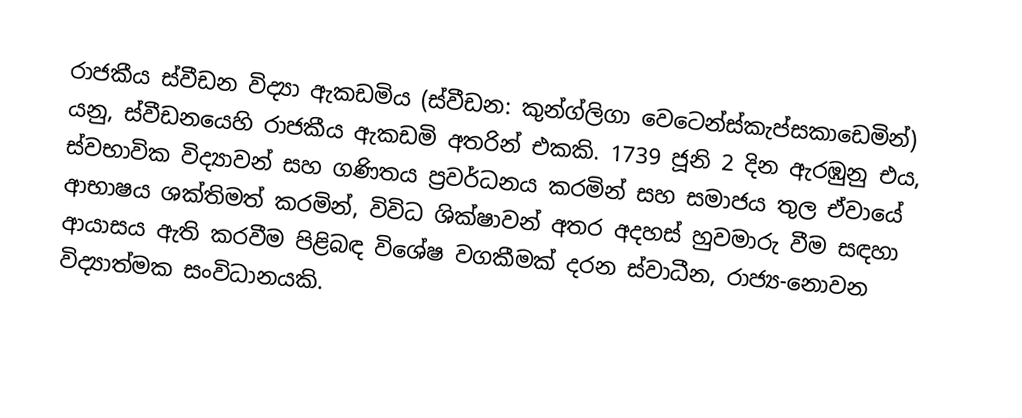
රාජකීය ස්වීඩන විද්‍යා ඇකඩමිය (ස්වීඩන: කුන්ග්ලිගා වෙටෙන්ස්කැප්සකාඩෙමින්) යනු,  ස්වීඩනයෙහි  රාජකීය ඇකඩමි අතරින් එකකි. 1739 ජූනි 2 දින ඇරඹුනු එය, ස්වභාවික විද්‍යාවන් සහ ගණිතය ප්‍රවර්ධනය කරමින් සහ සමාජය තුල ඒවායේ ආභාෂය ශක්තිමත් කරමින්, විවිධ ශික්ෂාවන් අතර අදහස් හුවමාරු වීම සඳහා ආයාසය ඇති කරවීම පිළිබඳ විශේෂ වගකීමක් දරන ස්වාධීන, රාජ්‍ය-නොවන විද්‍යාත්මක සංවිධානයකි.